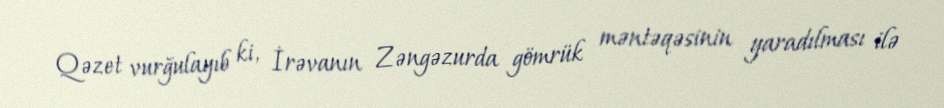
Qəzet vurğulayıb ki, İrəvanın Zəngəzurda gömrük məntəqəsinin yaradılması ilə